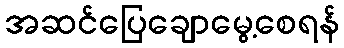
အဆင်ပြေချောမွေ့စေရန်